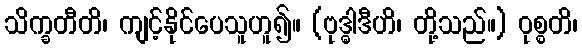
သိက္ခတီတိ၊ ကျင့်နိုင်ပေသူဟူ၍။ (ဗုဒ္ဓါဒီဟိ၊ တို့သည်။) ဝုစ္စတိ၊